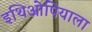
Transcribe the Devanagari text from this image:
इथिओपियाला